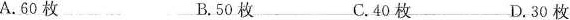
A.60枚 B.50枚 C.40枚D.30枚